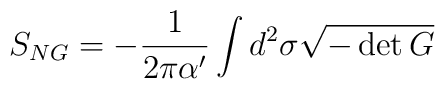
S_{NG} = - {1 \over 2 \pi \alpha'} \int d^2 \sigma \sqrt{- \det G}